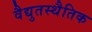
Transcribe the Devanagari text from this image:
वैद्युतस्थैतिक